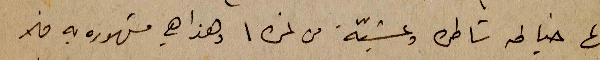
انها خياطه شاطره وعشيّة من نمره ١ وهذا هي مشهوره به فلا